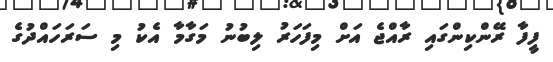
ފީފާ ރޭންކިންގައި ރާއްޖެ އަށް މިފަހަރު ލިބުނު މަގާމާ އެކު މި ސަރަހައްދުގެ